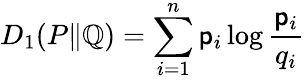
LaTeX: D_{1}(P\| \mathbb{Q})=\sum_{i=1}^{n}\mathsf{p}_{i}\log{\frac{{\mathsf{p}_{i}}}{{q_{i}}}}